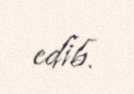
edib.